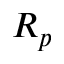
R _ { p }